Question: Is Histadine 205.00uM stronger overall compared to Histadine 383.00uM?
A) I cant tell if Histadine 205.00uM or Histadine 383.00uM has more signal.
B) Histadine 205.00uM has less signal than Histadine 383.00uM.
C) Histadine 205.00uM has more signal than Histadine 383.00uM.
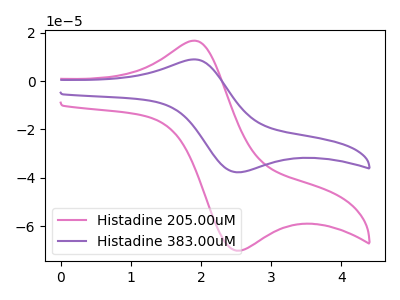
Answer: <think>The pink curve "Histadine 205.00uM" has an anodic peak at (1.90V, 16.75uA) and a cathodic peak at (2.50V, -70.15uA). The purple curve "Histadine 383.00uM" has an anodic peak at (1.90V, 9.00uA) and a cathodic peak at (2.50V, -37.70uA).
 All the peaks in "Histadine 205.00uM" have a peak in "Histadine 383.00uM" at the same potential. Every peak in "Histadine 205.00uM" is higher than every peak in "Histadine 383.00uM".</think>
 <answer>C) "Histadine 205.00uM" has more signal than "Histadine 383.00uM".</answer>
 <eval>C</eval>